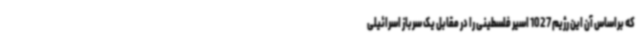
که براساس آن این رژیم 1027 اسیر فلسطینی را در مقابل یک سرباز اسرائیلی